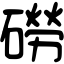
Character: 磱